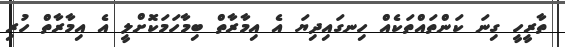
ތާރީހީ ގިނަ ކަންތައްތަކެއް ހިނގައިދިޔަ އެ އިމާރާތް ބިމާހަމަކޮށްލީ އެ އިމާރާތް ހުރި